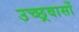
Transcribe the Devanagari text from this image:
उच्छ्रवासों